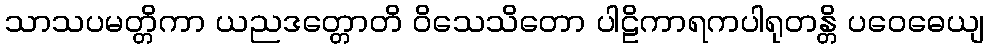
သာသပမတ္တိကာ ယညဒတ္တောတိ ဝိသေသိတော ပါဠိကာရကပါရုတန္တိ ပဝေဓေယျ